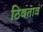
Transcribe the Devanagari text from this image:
ठिवताव